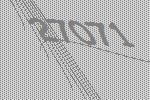
27071